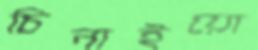
চিনাইয়ো